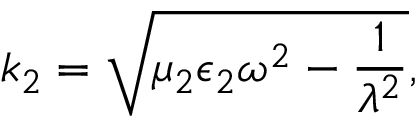
k _ { 2 } = \sqrt { \mu _ { 2 } \epsilon _ { 2 } \omega ^ { 2 } - \frac { 1 } { \lambda ^ { 2 } } } ,